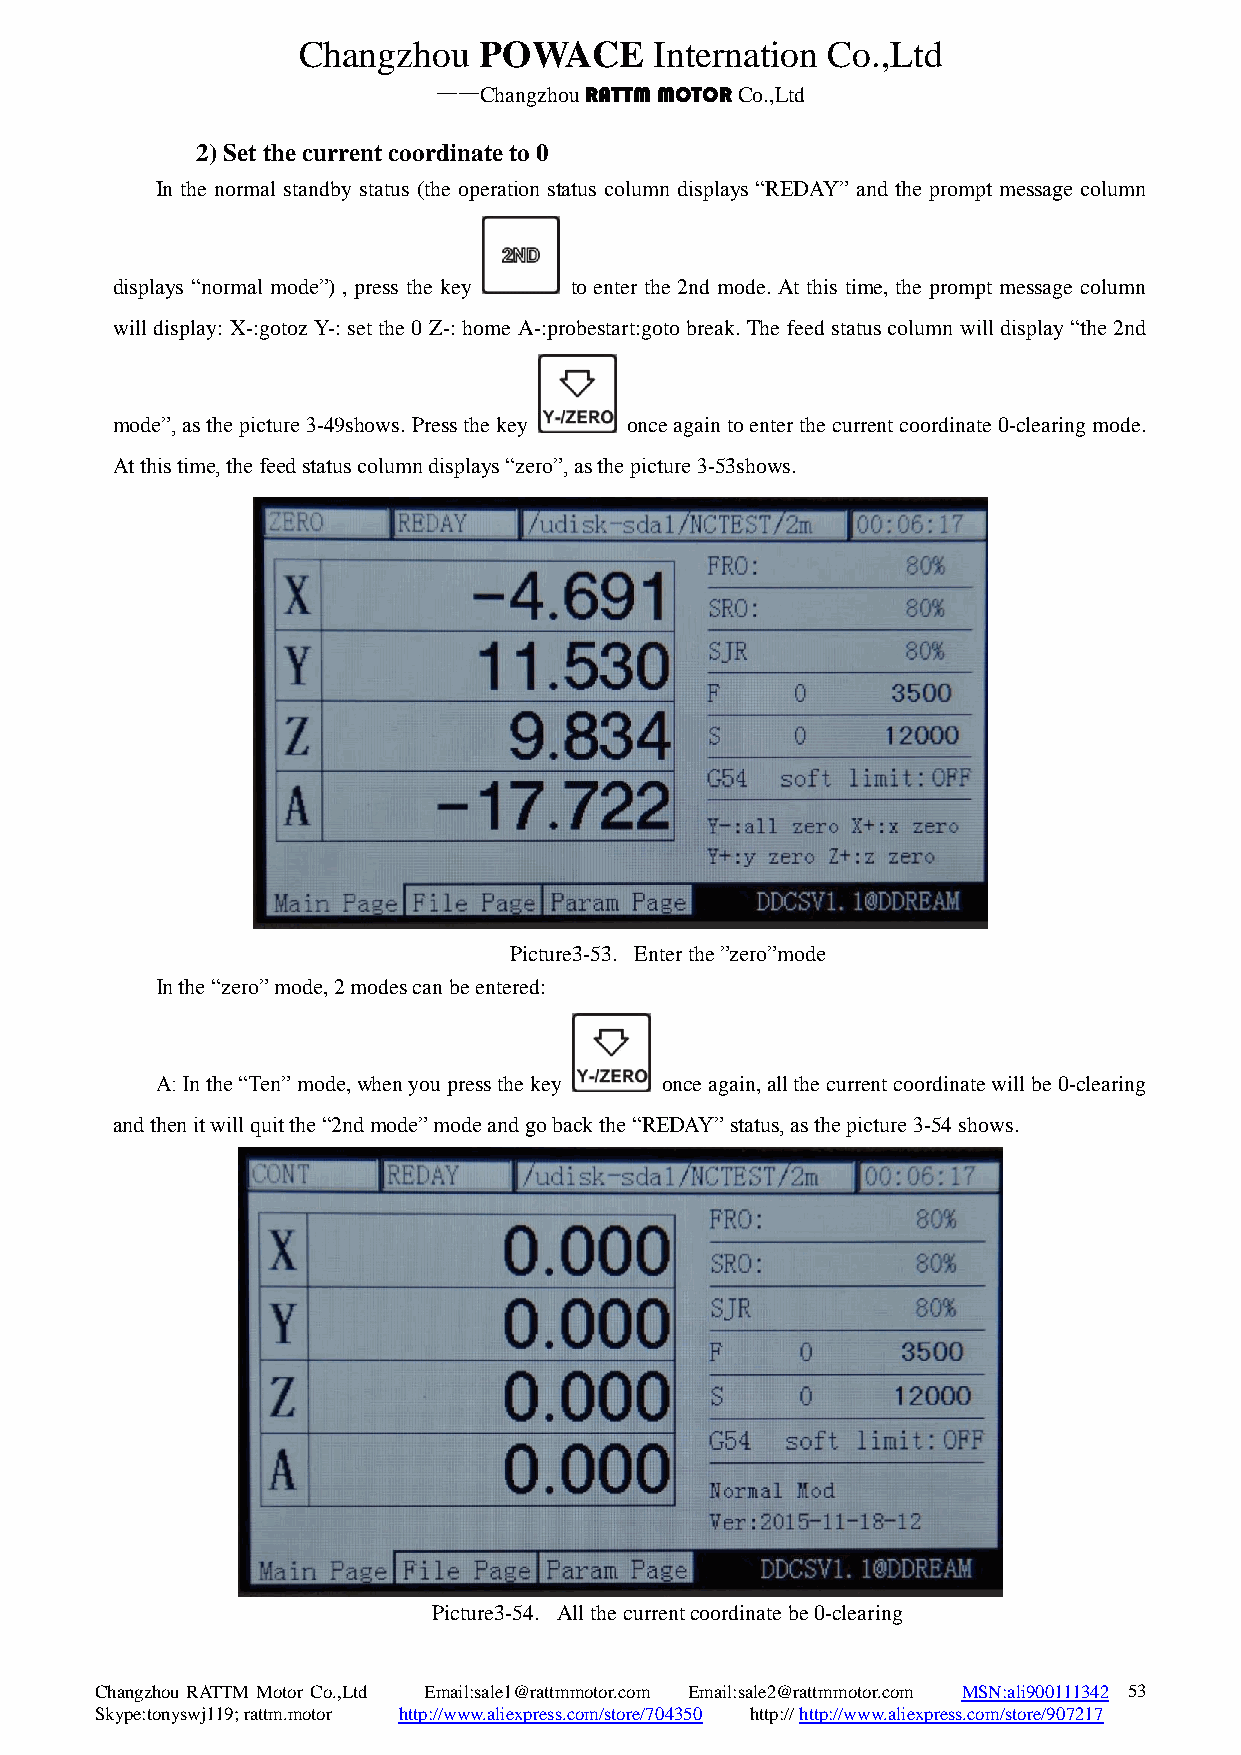
Changzhou   POWACE     Internation Co.,Ltd
 ——Changzhou RATTM MOTOR Co.,Ltd
 2) Set the current coordinate to 0
 In the normal standby status (the operation status column displays “REDAY” and the prompt message column
 displays “normal mode”) , press the key to enter the 2nd mode. At this time, the prompt message column
 will display: X-:gotoz Y-: set the 0 Z-: home A-:probestart:goto break. The feed status column will display “the 2nd
 mode”, as the picture 3-49shows. Press the key once again to enter the current coordinate 0-clearing mode.
 At this time, the feed status column displays “zero”, as the picture 3-53shows.
 Picture3-53. Enter the ”zero”mode
 In the “zero” mode, 2 modes can be entered:
 A: In the “Ten” mode, when you press the key once again, all the current coordinate will be 0-clearing
 and then it will quit the “2nd mode” mode and go back the “REDAY” status, as the picture 3-54 shows.
 Picture3-54. All the current coordinate be 0-clearing
 Changzhou RATTM Motor Co.,Ltd Email:sale1@rattmmotor.com Email:sale2@rattmmotor.com MSN:ali900111342 5 3
 Skype:tonyswj119; rattm.motor http://www.aliexpress.com/store/704350 http:// http://www.aliexpress.com/store/907217